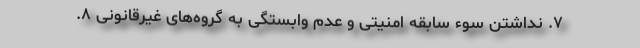
۷. نداشتن سوء سابقه امنیتی و عدم وابستگی به گروه‌های غیرقانونی ۸.